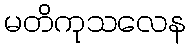
မတိကုသလေန